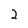
Character: 2